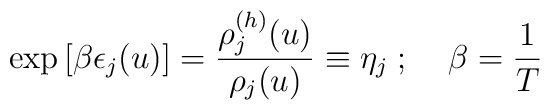
\exp \left[ \beta \epsilon_j(u)\right] = \frac{\rho_j^{(h)}(u)}{\rho_j(u)}\equiv \eta_j \;;\;\;\;\; \beta=\frac{1}{T}